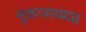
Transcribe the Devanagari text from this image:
मूकासाप्राप्त